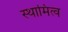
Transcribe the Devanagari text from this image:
स्थामित्व